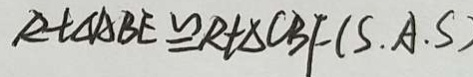
R t \Delta A B E \cong R t \Delta C B F ( S . A . S )